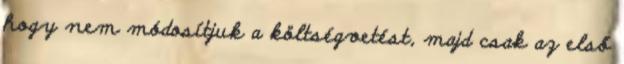
hogy nem módosítjuk a költségvetést, majd csak az első